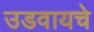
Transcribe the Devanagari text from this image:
उडवायचे